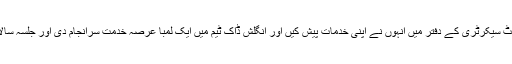
حضرت خلیفۃ المسیح الرابع رحمہ اللہ تعالیٰ کی لندن ہجرت کے بعد پرائیویٹ سیکرٹری کے دفتر میں انہوں نے اپنی خدمات پیش کیں اور انگلش ڈاک ٹیم میں ایک لمبا عرصہ خدمت سرانجام دی اور جلسہ سالانہ میں خلیفہ رابعؒ نے ان کا نام لے کے ان کے کام کی تعریف بھی کی تھی۔